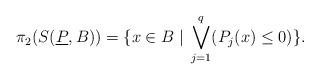
LaTeX: \begin{align*}\pi_2(S(\underline{P},B)) = \{x \in B \;\vert\; \bigvee_{j=1}^{q} (P_j(x) \leq 0) \}.\end{align*}